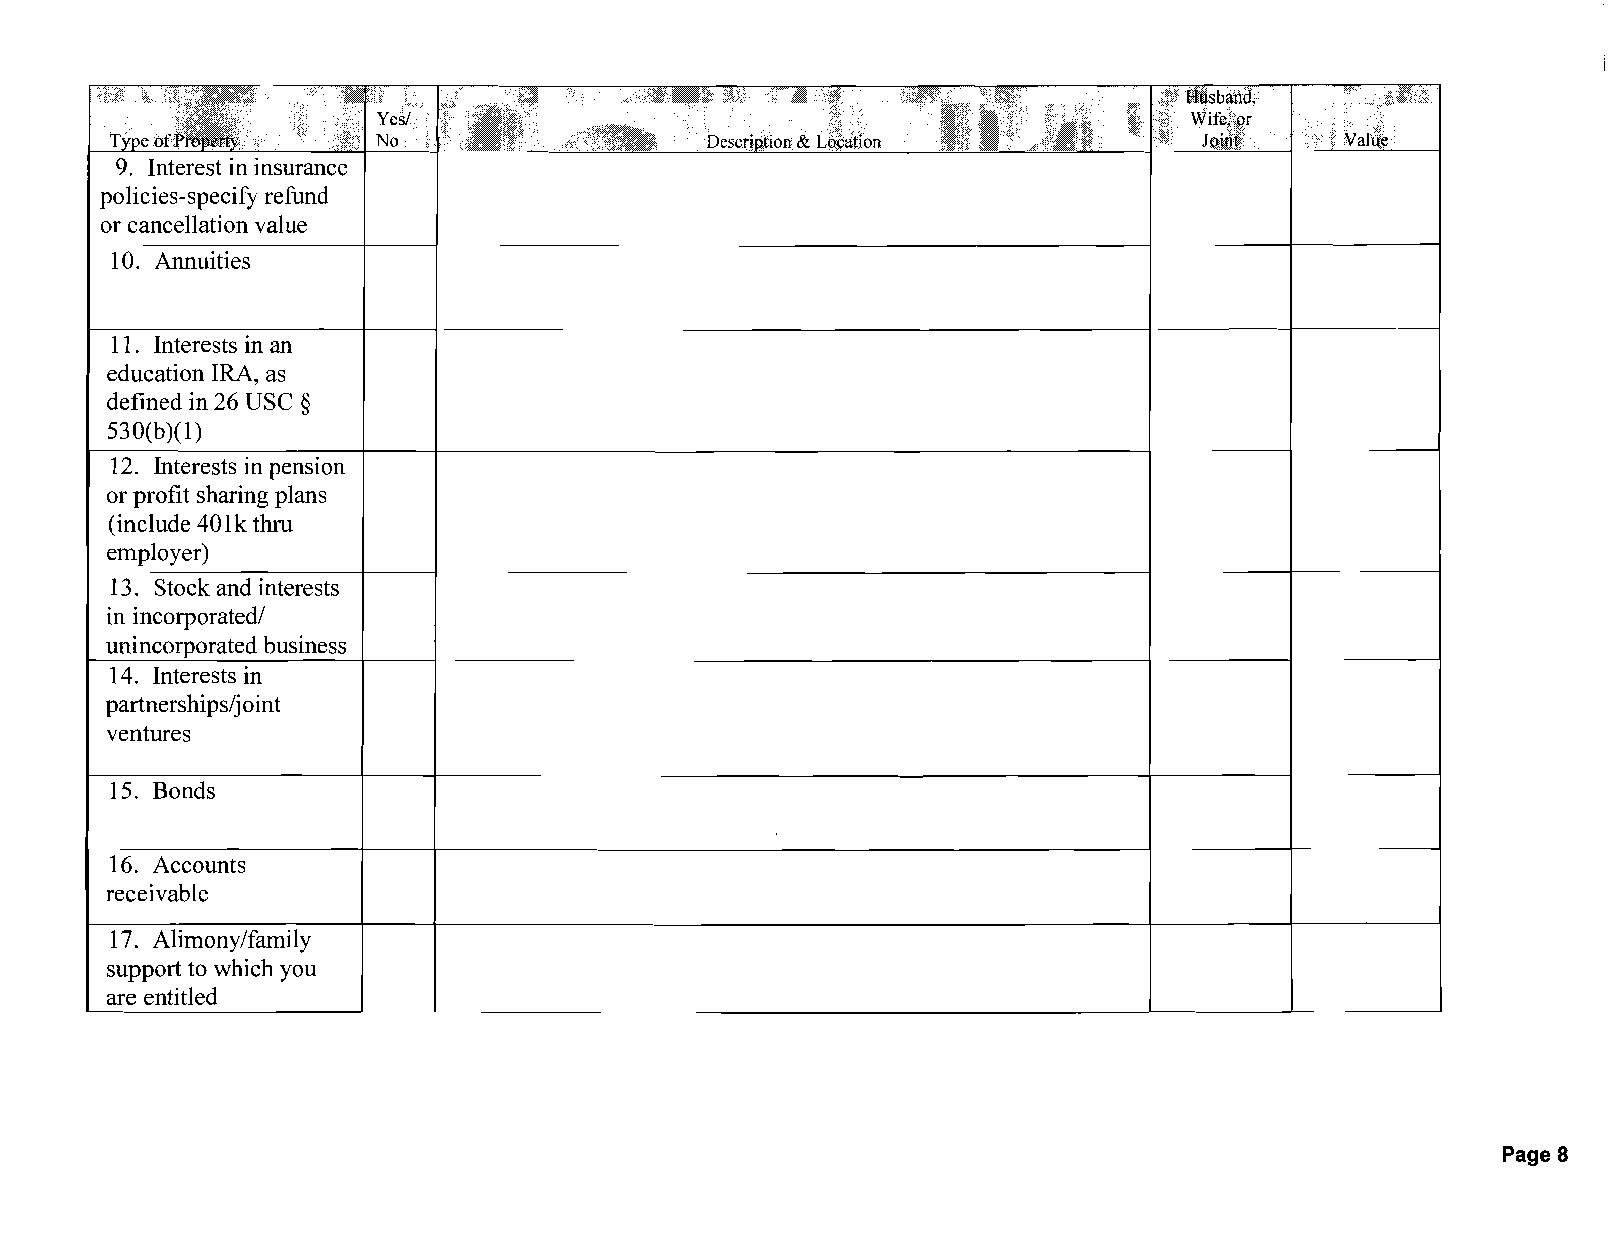
9. Interest in insurance
 policies-specify refund
 or cancellation value
 10. Annuities
 11. Interests in an
 education IRA, as
 defined in 26 USC §
 530(b)(I)
 12. Interests in pension
 or profit sharing plans
 (include 401k thru
 employer)
 13. Stock and interests
 in incorporated/
 unincorporated business
 14. Interests in
 partnerships/joint
 ventures
 15. Bonds
 16. Accounts
 receivable
 17. Alimony/family
 support to which you
 are entitled
 Page 8